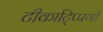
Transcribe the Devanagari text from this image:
टीकाटि्प्पणी